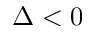
\Delta < 0